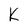
Character: K